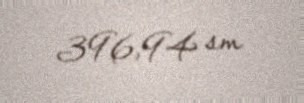
396,94 sm